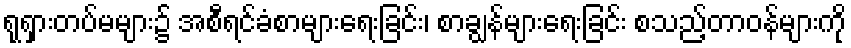
ရုရှားတပ်မများ၌ အစီရင်ခံစာများရေးခြင်း၊ စာချွန်များရေးခြင်း စသည့်တာဝန်များကို